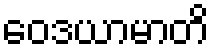
ဝေဒယာမာတိ